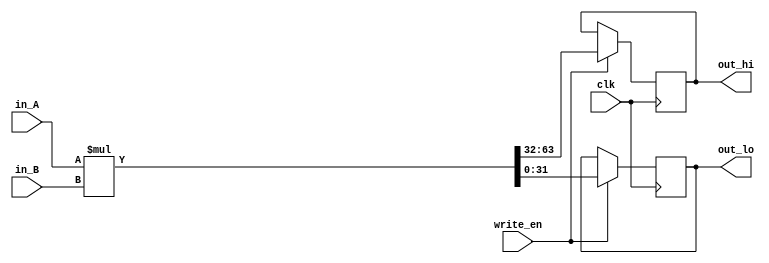
`timescale 1ns / 1ps

module multiplier #(parameter width = 32)
                   (input [width-1:0] in_A,
				    input [width-1:0] in_B,
				    input write_en, 
				    input clk,
				    output [width-1:0] out_hi,
					output [width-1:0] out_lo);
						  
reg [width-1:0] hi;
reg [width-1:0] lo;

assign out_hi = hi;
assign out_lo = lo;
						  
always@(posedge clk) begin
	if (write_en) begin
        {hi, lo} = in_A * in_B;
    end
end

endmodule